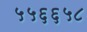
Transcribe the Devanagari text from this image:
५५६६५८